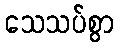
သေသပ်စွာ